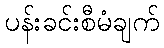
ပန်းခင်းစီမံချက်